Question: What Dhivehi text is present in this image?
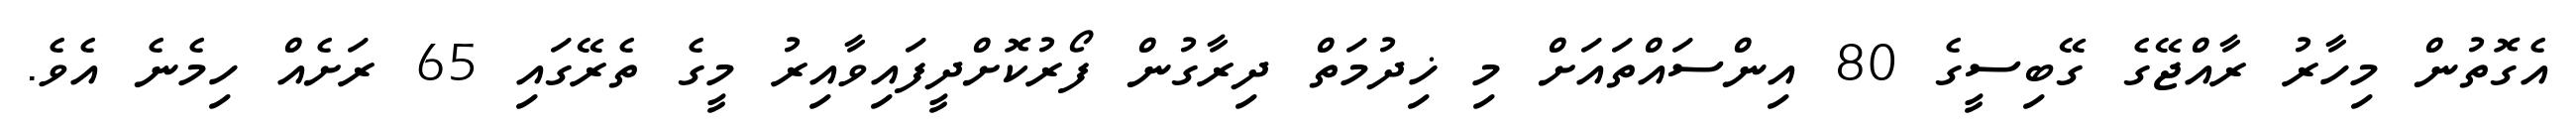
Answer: އެގޮތުން މިހާރު ރާއްޖޭގެ ގޭބިސީގެ 80 އިންސައްތައަށް މި ޚިދުމަތް ދިރާގުން ފޯރުކޮށްދީފައިވާއިރު މީގެ ތެރޭގައި 65 ރަށެއް ހިމެނެ އެވެ.